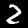
Digit: 2